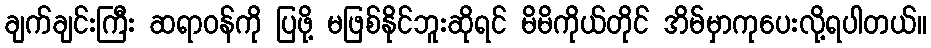
ချက်ချင်းကြီး ဆရာဝန်ကို ပြဖို့ မဖြစ်နိုင်ဘူးဆိုရင် မိမိကိုယ်တိုင် အိမ်မှာကုပေးလို့ရပါတယ်။